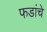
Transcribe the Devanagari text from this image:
फडांचे